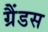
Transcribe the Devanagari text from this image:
ग्रैंडस